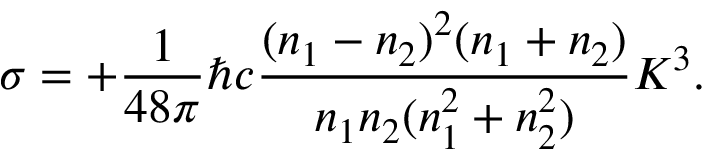
\sigma = + { \frac { 1 } { 4 8 \pi } } \hbar c { \frac { ( n _ { 1 } - n _ { 2 } ) ^ { 2 } ( n _ { 1 } + n _ { 2 } ) } { n _ { 1 } n _ { 2 } ( n _ { 1 } ^ { 2 } + n _ { 2 } ^ { 2 } ) } } K ^ { 3 } .